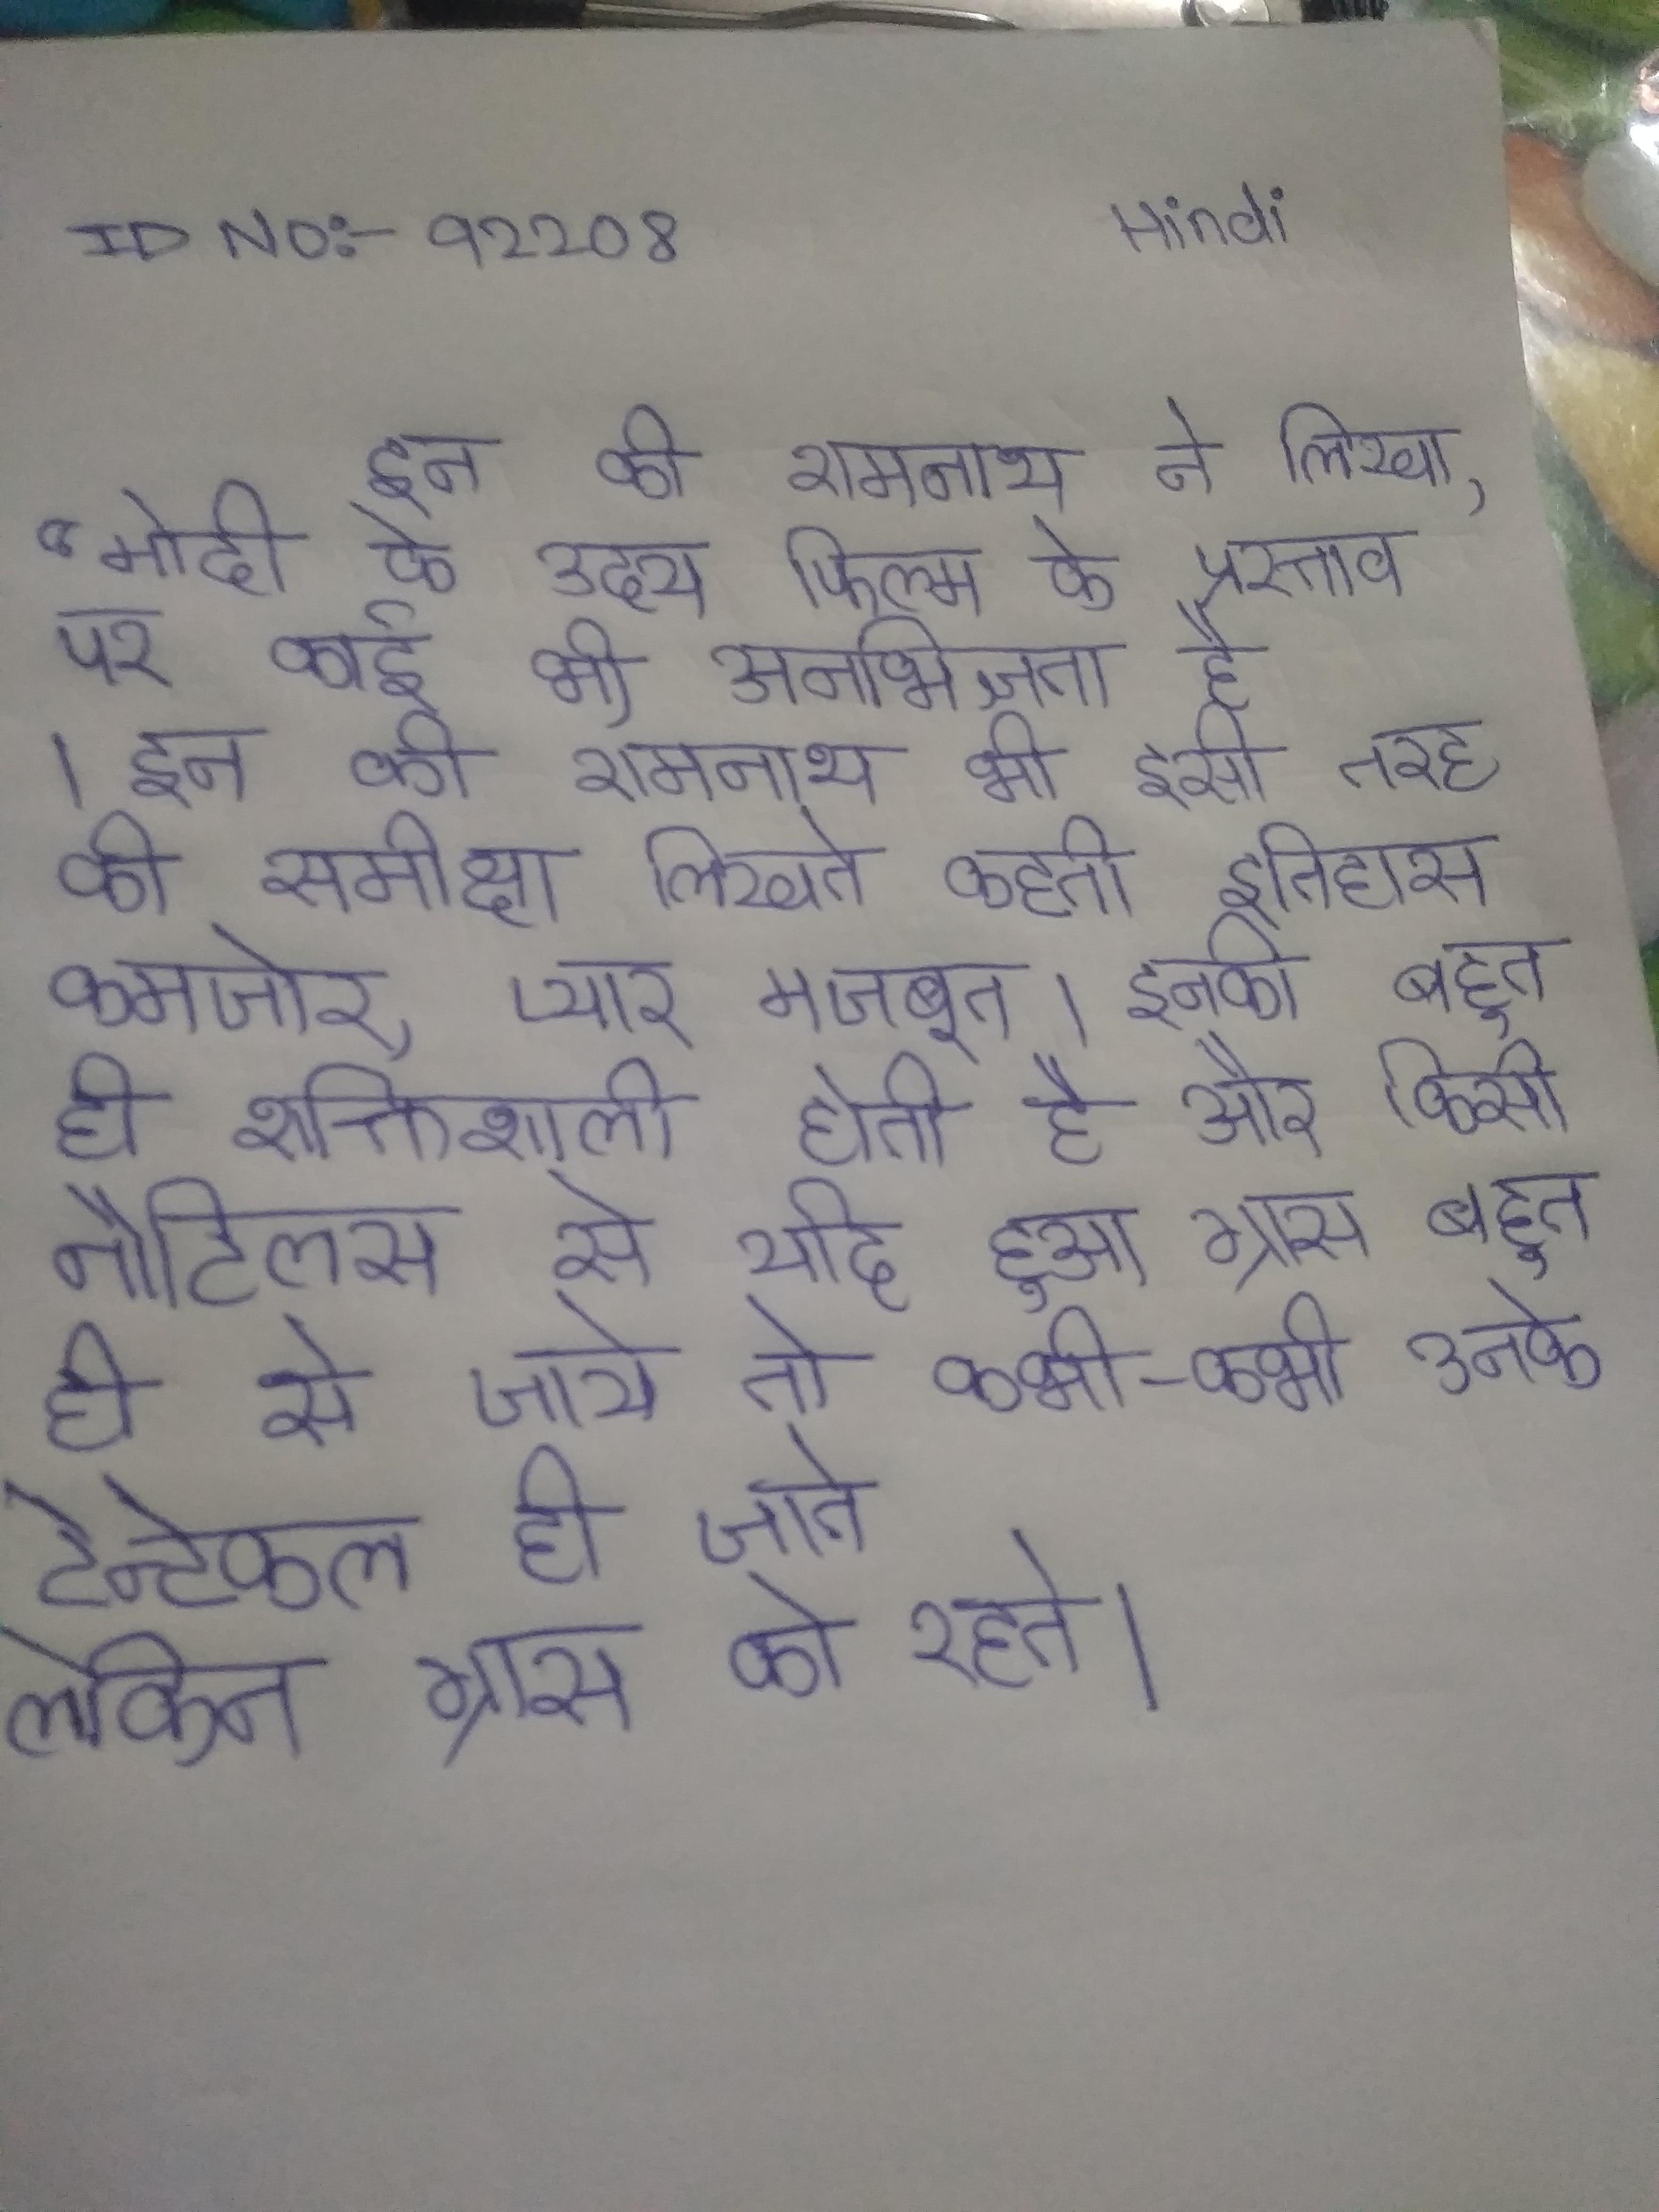
इन की रामनाथ ने लिखा, "मोदी के उदय फिल्म के प्रस्ताव पर कोई भी अनभिज्ञता है । इन की रामनाथ भी इसी तरह की समीक्षा लिखते कहती इतिहास कमजोर, प्यार मजबूत । इनकी बहुत ही शक्तिशाली होती है और किसी नौटिलस से यदि हुआ ग्रास बहुत ही से जाये तो कभी-कभी उनके टेन्टेकल ही जाते लेकिन ग्रास को रहते ।